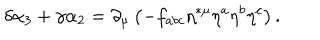
LaTeX: \delta \alpha _ { 3 } + \gamma \alpha _ { 2 } = \partial _ { \mu } \left( - f _ { a b c } \eta ^ { * \mu } \eta ^ { a } \eta ^ { b } \eta ^ { c } \right) .